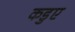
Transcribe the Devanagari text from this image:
कडुए